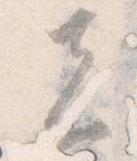
者